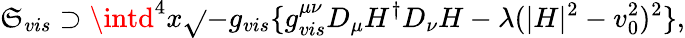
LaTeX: \mathfrak{S}_{vis}\supset\intd^{4}x\sqrt{}{{-g_{vis}}}\{ g_{vis}^{\mu\nu}D_{\mu}H^{\dagger}D_{\nu}H-\lambda(|H|^{2}-v_{0}^{2})^{2}\} ,